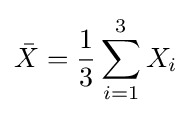
{\bar {X}}={\frac {1}{3}}\sum _{i=1}^{3}X_{i}